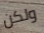
ولكن